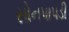
સોનપાપડી